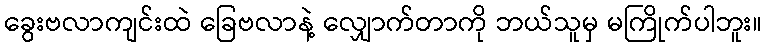
ခွေးဗလာကျင်းထဲ ခြေဗလာနဲ့ လျှောက်တာကို ဘယ်သူမှ မကြိုက်ပါဘူး။